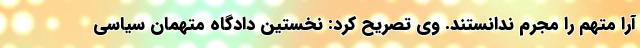
آرا متهم را مجرم ندانستند. وی تصریح کرد: نخستین دادگاه متهمان سیاسی